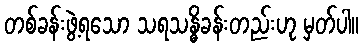
တစ်ခန်းဖွဲ့ရသော သရသန္ဓိခန်းတည်းဟု မှတ်ပါ။